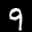
Label: 9